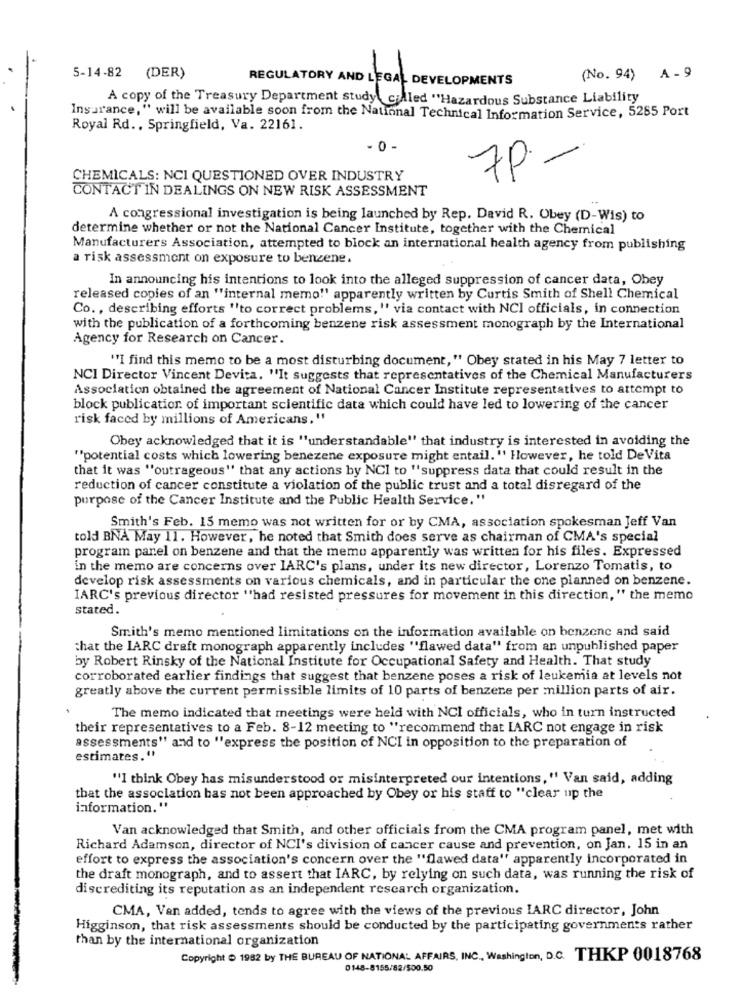
5-14-82 (DER)
REGULATORY AND LEGAL DEVELOPMENTS
(No. 94) A-9
A copy of the Treasury Department study, called "Hazardous Substance Liability
Insurance," will be available soon from the National Technical Information Service, 5285 Port
Royal Rd ., Springfield, Va. 22161.
- 0 -
7P -
CHEMICALS: NCI QUESTIONED OVER INDUSTRY
CONTACT IN DEALINGS ON NEW RISK ASSESSMENT
A congressional investigation is being launched by Rep. David R. Obey (D-Wis) to
determine whether or not the National Cancer Institute, together with the Chemical
Manufacturers Association, attempted to block an international health agency from publishing
a risk assessment on exposure to benzene.
In announcing his intentions to look into the alleged suppression of cancer data, Obey
released copies of an "internal memo!' apparently written by Curtis Smith of Shell Chemical
Co. , describing efforts ''to correct problems, "' via contact with NCI officials, in connection
with the publication of a forthcoming benzene risk assessment monograph by the International
Agency for Research on Cancer.
"I find this memo to be a most disturbing document, " Obey stated in his May 7 letter to
NCI Director Vincent Devita. "It suggests that representatives of the Chemical Manufacturers
Association obtained the agreement of National Cancer Institute representatives to attempt to
block publication of important scientific data which could have led to lowering of the cancer
risk faced by millions of Americans."
Obey acknowledged that it is "understandable" that industry is interested in avoiding the
""potential costs which lowering benezene exposure might entail." However, he told DeVita
that it was "outrageous" that any actions by NCI to "suppress data that could result in the
reduction of cancer constitute a violation of the public trust and a total disregard of the
purpose of the Cancer Institute and the Public Health Service."
Smith's Feb. 15 memo was not written for or by CMA, association spokesman Jeff Van
told BNA May 11. However, he noted that Smith does serve as chairman of CMA's special
program parel on benzene and that the memu apparently was written for his files. Expressed
in the memo are concerns over IARC's plans, under its new director, Lorenzo Tomatis, to
develop risk assessments on various chemicals, and in particular the one planned on benzene.
IARC's previous director "had resisted pressures for movement in this direction, " the memo
stated.
Smith's memo mentioned limitations on the information available on benzene and said
that the IARC draft monograph apparently includes "flawed data" from an unpublished paper
by Robert Rinsky of the National Institute for Occupational Safety and Health. That study
corroborated earlier findings that suggest that benzene poses a risk of leukemia at levels not
greatly above the current permissible limits of 10 parts of benzere per million parts of air.
The memo indicated that meetings were held with NCI officials, who in turn instructed
their representatives to a Feb. 8-12 meeting to "recommend that IARC not engage in risk
assessments" and to "express the position of NCI in opposition to the preparation of
estimates. "
"I think Obey has misunderstood or misinterpreted our intentions," Van said, adding
that the association bas not been approached by Obey or his staff to "clear up the
information."
Van acknowledged that Smith, and other officials from the CMA program panel, met with
Richard Adamson, director of NCI's division of cancer cause and prevention, on Jan. 15 in an
effort to express the association's concern over the "flawed data" apparently incorporated in
the draft monograph, and to assert that IARC, by relying on such data, was running the risk of
discrediting its reputation as an independent research organization.
CMA, Van added, tends to agree with the views of the previous IARC director, John
Higginson, that risk assessments should be conducted by the participating governments rather
than by the international organization
Copyright @ 1982 by THE BUREAU OF NATIONAL AFFAIRS, INC ., Washington, D.C. THKP 0018768
0148-8155/82/500.50